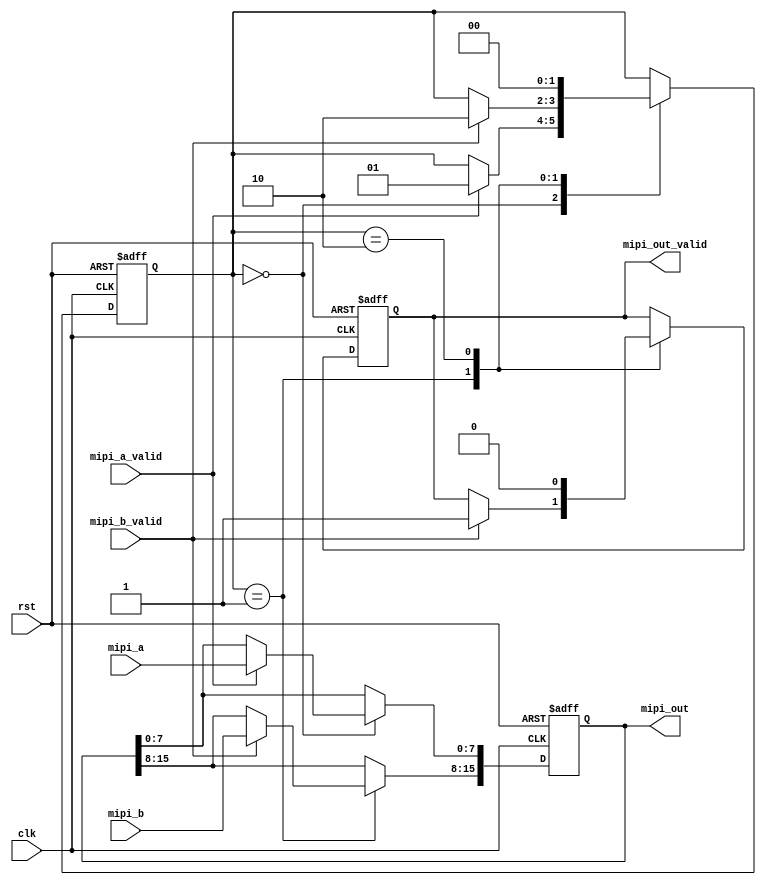
`timescale 1ns / 1ps
module mipi_stitcher (
    input wire clk,           // Clock input
    input wire rst,           // Reset input
    input wire [7:0] mipi_a,  // MIPI Signal A (8-bit data)
    input wire mipi_a_valid,  // Valid signal for MIPI Signal A
    input wire [7:0] mipi_b,  // MIPI Signal B (8-bit data)
    input wire mipi_b_valid,  // Valid signal for MIPI Signal B
    output reg [15:0] mipi_out,// Stitched MIPI Signal (16-bit data)
    output reg mipi_out_valid  // Valid signal for stitched MIPI Signal
);

// Internal signals
reg [1:0] state;

always @(posedge clk or posedge rst) begin
    if (rst) begin
        state <= 2'b00;
        mipi_out <= 16'h0000;
        mipi_out_valid <= 1'b0;
    end else begin
        case (state)
            2'b00: begin // Waiting for valid signal from MIPI A
                if (mipi_a_valid) begin
                    mipi_out[7:0] <= mipi_a;
                    state <= 2'b01;
                end
            end
            2'b01: begin // Waiting for valid signal from MIPI B
                if (mipi_b_valid) begin
                    mipi_out[15:8] <= mipi_b;
                    mipi_out_valid <= 1'b1;
                    state <= 2'b10;
                end
            end
            2'b10: begin // Output valid signal for one cycle
                mipi_out_valid <= 1'b0;
                state <= 2'b00;
            end
        endcase
    end
end

endmodule